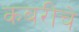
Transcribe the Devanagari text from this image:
कबरीचे